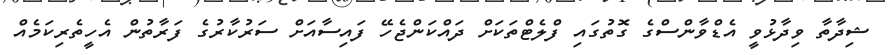
ޝިދާތާ ވިދާޅުވީ އެޑްވާންސްގެ ގޮތުގައި ފްލެޓްތަކަށް ދައްކަންޖެހޭ ފައިސާއަށް ސަރުކާރުގެ ފަރާތުން އެހީތެރިކަމެއް